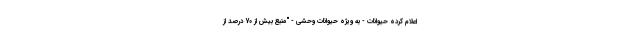
اعلام کرده حیوانات - به ویژه حیوانات وحشی - "منبع بیش از 70 درصد از